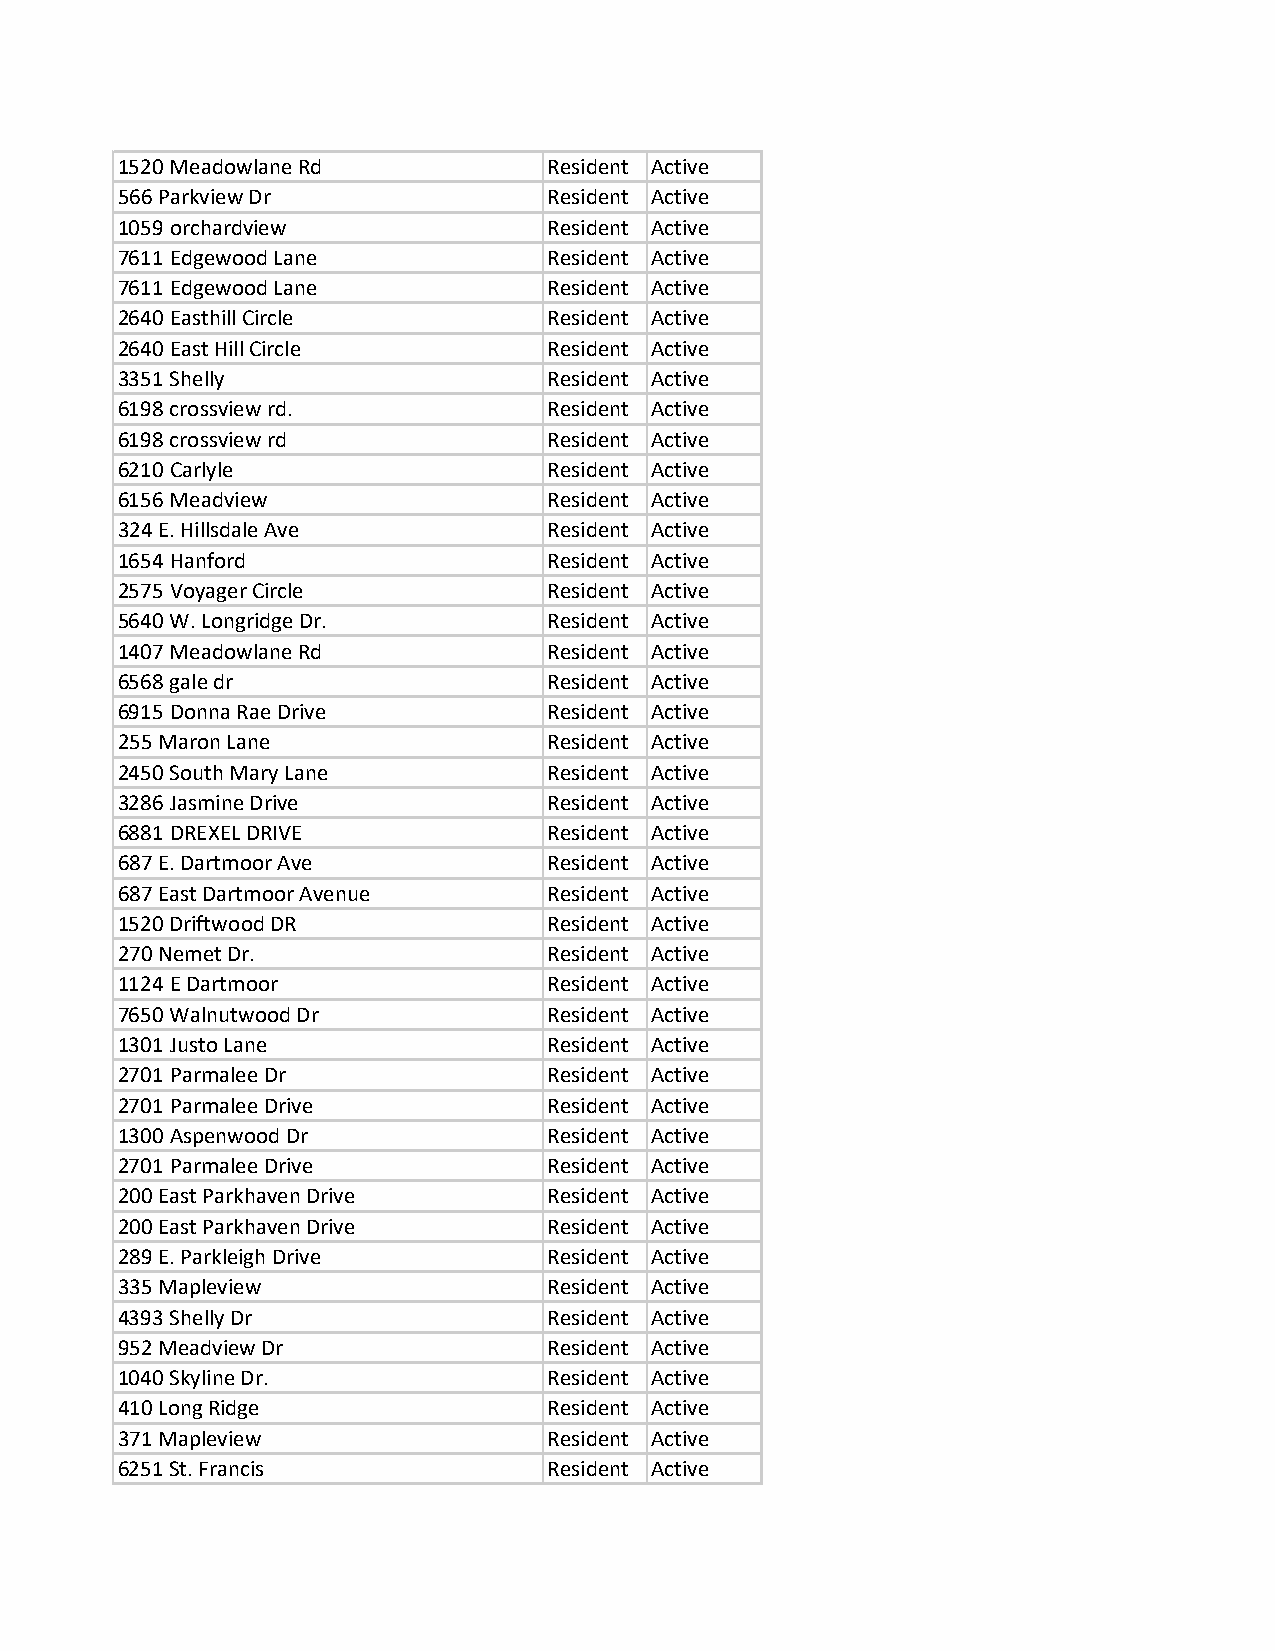
1520 Meadowlane Rd          Resident Active
 566 Parkview Dr             Resident Active
 1059 orchardview            Resident Active
 7611 Edgewood Lane          Resident Active
 7611 Edgewood Lane          Resident Active
 2640 Easthill Circle        Resident Active
 2640 East Hill Circle       Resident Active
 3351 Shelly                 Resident Active
 6198 crossview rd.          Resident Active
 6198 crossview rd           Resident Active
 6210 Carlyle                Resident Active
 6156 Meadview               Resident Active
 324 E. Hillsdale Ave        Resident Active
 1654 Hanford                Resident Active
 2575 Voyager Circle         Resident Active
 5640 W. Longridge Dr.       Resident Active
 1407 Meadowlane Rd          Resident Active
 6568 gale dr                Resident Active
 6915 Donna Rae Drive        Resident Active
 255 Maron Lane              Resident Active
 2450 South Mary Lane        Resident Active
 3286 Jasmine Drive          Resident Active
 6881 DREXEL DRIVE           Resident Active
 687 E. Dartmoor Ave         Resident Active
 687 East Dartmoor Avenue    Resident Active
 1520 Driftwood DR           Resident Active
 270 Nemet Dr.               Resident Active
 1124 E Dartmoor             Resident Active
 7650 Walnutwood Dr          Resident Active
 1301 Justo Lane             Resident Active
 2701 Parmalee Dr            Resident Active
 2701 Parmalee Drive         Resident Active
 1300 Aspenwood Dr           Resident Active
 2701 Parmalee Drive         Resident Active
 200 East Parkhaven Drive    Resident Active
 200 East Parkhaven Drive    Resident Active
 289 E. Parkleigh Drive      Resident Active
 335 Mapleview               Resident Active
 4393 Shelly Dr              Resident Active
 952 Meadview Dr             Resident Active
 1040 Skyline Dr.            Resident Active
 410 Long Ridge              Resident Active
 371 Mapleview               Resident Active
 6251 St. Francis            Resident Active